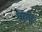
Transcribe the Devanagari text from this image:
मिंगों